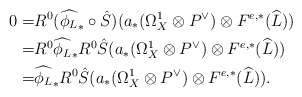
\begin{align*}0=& R^0(\widehat{\phi_{L}}_*\circ\hat{S})(a_*(\Omega_X^1\otimes P^{\vee})\otimes F^{e,*}(\widehat{L})) \\=& R^0\widehat{\phi_{L}}_*R^0\hat{S}(a_*(\Omega_X^1\otimes P^{\vee})\otimes F^{e,*}(\widehat{L})) \\=& \widehat{\phi_{L}}_*R^0\hat{S}(a_*(\Omega_X^1\otimes P^{\vee})\otimes F^{e,*}(\widehat{L})).\end{align*}